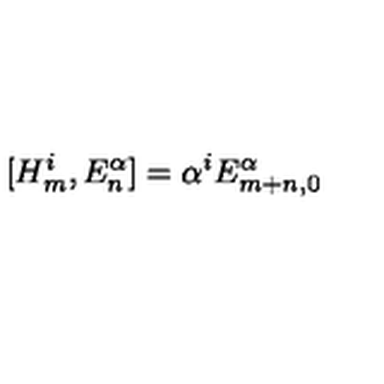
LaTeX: [ H _ { m } ^ { i } , E _ { n } ^ { \alpha } ] = \alpha ^ { i } E _ { m + n , 0 } ^ { \alpha }